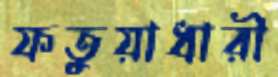
ফতুয়াধারী